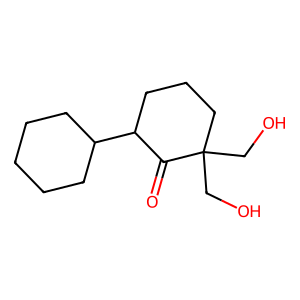
SMILES: O=C1C(C2CCCCC2)CCCC1(CO)CO
Inhibits HIV replication: No